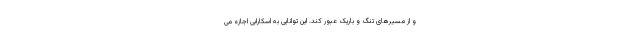
و از مسیرهای تنگ و باریک عبور کند. این توانایی به اسکارابی اجازه می